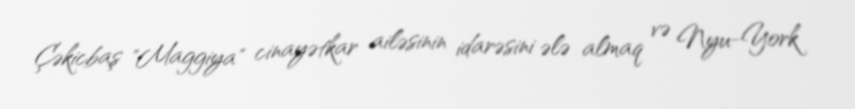
Çəkicbaş "Maggiya" cinayətkar ailəsinin idarəsini ələ almaq və Nyu-York